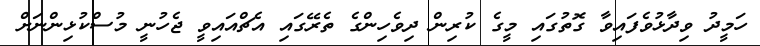
ހަމީދު ވިދާޅުވެފައިވާ ގޮތުގައި މީގެ ކުރިން ދިވެހިންގެ ތެރޭގައި އެޗްއައިވީ ޖެހުނީ މުސްކުޅިންނަށް